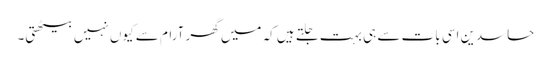
حاسدین اسی بات سے ہی بہت جلتے ہیں کہ میں گھر آرام سے کیوں نہیں بیٹھتی۔